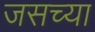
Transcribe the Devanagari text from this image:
जसच्या